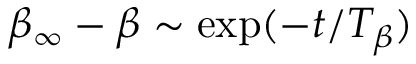
\beta _ { \infty } - \beta \sim \mathrm { e x p } ( - t / T _ { \beta } )